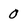
Character: 0